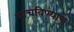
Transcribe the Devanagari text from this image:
वाचविण्याचे